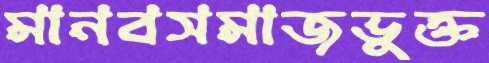
মানবসমাজভুক্ত